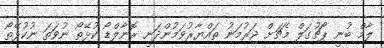
ލާމް ބުނީ ޕޯޗުގަލް މެޗަށް ޖަރުމަނު ތައްޔާރުވަމުންދަނީ ރޮނާލްޑޯ ކުޅޭތޯ ނުވަތަ ނުކުޅޭތޯ